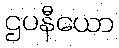
ဌပနီယော